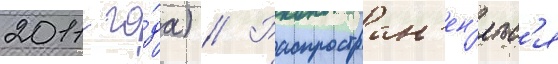
2011 го́да) // Распростран'ен'яетс'я